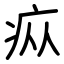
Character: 疭